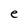
Character: e